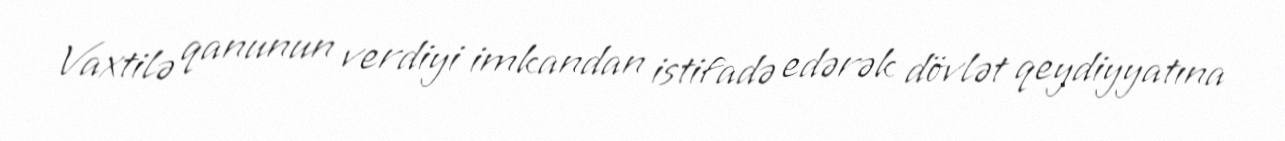
Vaxtilə qanunun verdiyi imkandan istifadə edərək dövlət qeydiyyatına